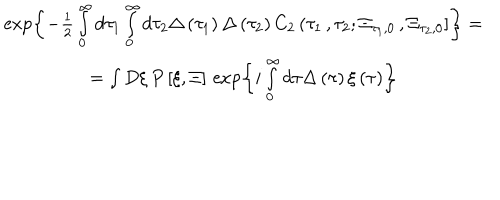
\begin{array} { c } { { \exp \left\{ - \frac 1 2 \int _ { 0 } ^ { \infty } d \tau _ { 1 } \int _ { 0 } ^ { \infty } d \tau _ { 2 } \Delta \left( \tau _ { 1 } \right) \Delta \left( \tau _ { 2 } \right) C _ { 2 } \left( \tau _ { 1 } \, , \tau _ { 2 } ; \Xi _ { \tau _ { 1 } , 0 } \, , \Xi _ { \tau _ { 2 } , 0 } \right] \right\} = } } \\ { { = \int D \xi \, P \left[ \xi , \Xi \right] \, \exp \left\{ i \int _ { 0 } ^ { \infty } d \tau \Delta \left( \tau \right) \xi \left( \tau \right) \right\} } } \\ \end{array}